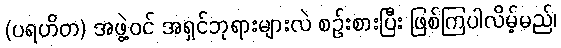
(ပရဟိတ) အဖွဲ့ဝင် အရှင်ဘုရားများလဲ စဉ်းစားပြီး ဖြစ်ကြပါလိမ့်မည်၊